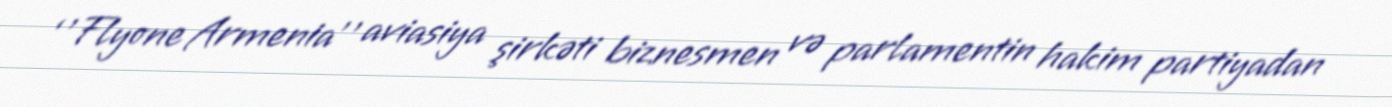
‘’Flyone Armenia’’ aviasiya şirkəti biznesmen və parlamentin hakim partiyadan